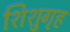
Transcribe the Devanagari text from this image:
शिशुगृह